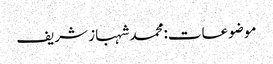
موضوعات:محمد شہباز شریف